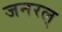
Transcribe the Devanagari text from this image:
जनरल्